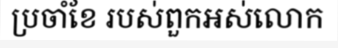
ប្រចាំខែ របស់ពួកអស់លោក